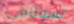
تسونامي